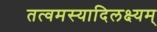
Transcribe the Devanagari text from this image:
तत्वमस्यादिलक्ष्यम्‌